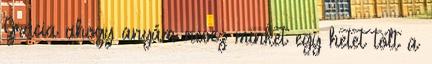
Grácia ahogy anyám nevez minket egy hetet tölt a